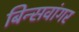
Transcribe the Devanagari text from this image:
बिन्सवांगर